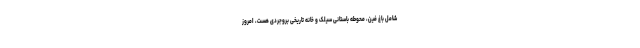
شامل باغ فین، محوطه باستانی سیلک و خانه تاریخی بروجردی هست، امروز